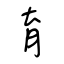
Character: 育